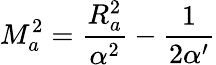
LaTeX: M_{a}^{2}=\frac{R_{a}^{2}}{\alpha^{2}}-\frac{1}{2\alpha^{\prime}}